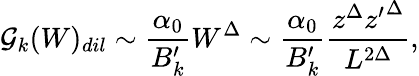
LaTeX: \mathcal{G}_{k}(W)_{dil}\sim{\frac{{\alpha_{0}}}{{B_{k}^{\prime}}}}W^{\Delta}\sim{\frac{{\alpha_{0}}}{{B_{k}^{\prime}}}}{\frac{{z^{\Delta}{z^{\prime}}^{\Delta}}}{{L^{2\Delta}}}},